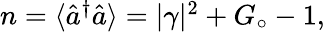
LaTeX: \begin{array}{r}{n=\langle\hat{a}^{\dagger}\hat{a}\rangle=|\gamma|^{2}+G_{\circ}-1,}\end{array}